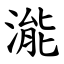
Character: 㴰